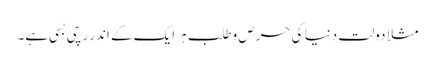
مثلاََ دولت دنیا کی حرص وطلب ہر ایک کے اندر رچی بسی ہے۔